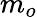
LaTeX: m_{o}